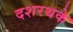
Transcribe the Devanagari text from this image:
दशरथके